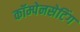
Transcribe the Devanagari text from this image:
कॉम्पेनसेटिंग